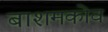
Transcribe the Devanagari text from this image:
बाशमकोव